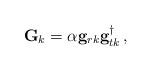
LaTeX: \begin{align*}\mathbf{G}_k=\alpha\mathbf{g}_{rk}\mathbf{g}_{tk}^{\dagger}\,,\end{align*}